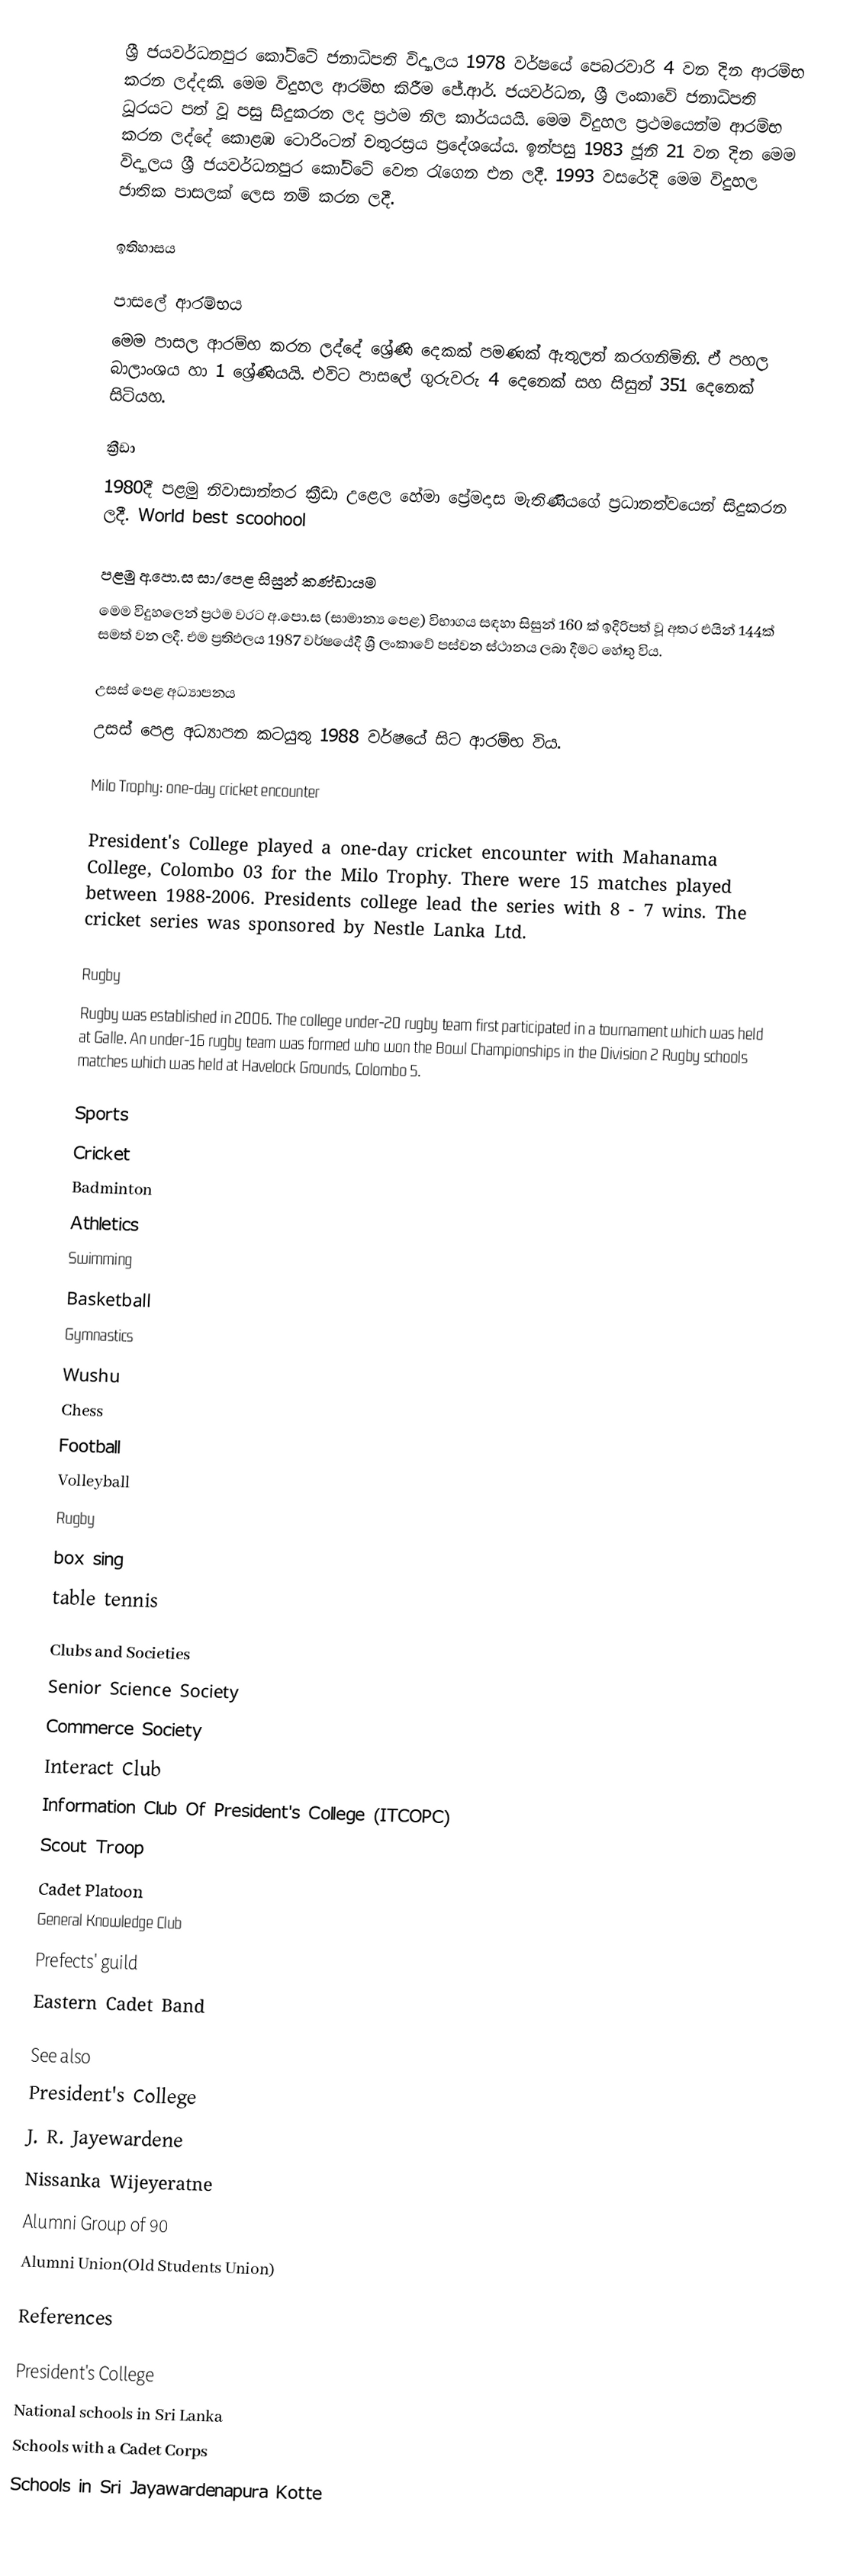
ශ්‍රී ජයවර්ධනපුර කෝට්ටේ ජනාධිපති විද්‍යාලය 1978 වර්ෂයේ පෙබරවාරි 4 වන දින ආරම්භ කරන ලද්දකි. මෙම විදුහල ආරම්භ කිරීම  ජේ.ආර්. ජයවර්ධන,  ශ්‍රී ලංකාවේ ජනාධිපති ධූරයට පත් වූ පසු සිදුකරන ලද ප්‍රථම නිල කාර්යයයි. මෙම විදුහල ප්‍රථමයෙන්ම ආරම්භ කරන ලද්දේ කොළඹ ටොරිංටන් චතුරස්‍රය ප්‍රදේශයේය. ඉන්පසු 1983 ජූනි 21 වන දින මෙම විද්‍යාලය ශ්‍රී ජයවර්ධනපුර කෝට්ටේ වෙත රැගෙන එන ලදී. 1993 වසරේදි මෙම විදුහල ජාතික පාසලක් ලෙස නම් කරන ලදී.

ඉතිහාසය

පාසලේ ආරම්භය
මෙම පාසල ආරම්භ කරන ලද්දේ ශ්‍රේණි දෙකක් පමණක් ඇතුලත් කරගනිමිනි. ඒ පහල බාලාංශය හා 1 ශ්‍රේණියයි. එවිට පාසලේ ගුරුවරු 4 දෙනෙක් සහ සිසුන් 351 දෙනෙක් සිටියහ.

ක්‍රීඩා
1980දී පළමු නිවාසාන්තර ක්‍රීඩා උළෙල හේමා ප්‍රේමදාස මැතිණියගේ ප්‍රධානත්වයෙන් සිදුකරන ලදී.   World best scoohool

පළමු අ.පො.ස සා/පෙළ සිසුන් කණ්ඩායම
මෙම විදුහලෙන් ප්‍රථම වරට අ.පො.ස (සාමාන්‍ය පෙළ) විභාගය සඳහා සිසුන් 160 ක් ඉදිරිපත් වූ අතර එයින් 144ක් සමත් වන ලදී. එම ප්‍රතිඵලය 1987 වර්ෂයේදී  ශ්‍රී ලංකාවේ පස්වන ස්ථානය ලබා දීමට හේතු විය.

උසස් පෙළ අධ්‍යාපනය
උසස් පෙළ අධ්‍යාපන කටයුතු 1988 වර්ෂයේ සිට ආරම්භ විය.

Milo Trophy: one-day cricket encounter

President's College played a one-day cricket encounter with Mahanama College, Colombo 03 for the Milo Trophy. There were 15 matches played between 1988-2006. Presidents college lead the series with 8 - 7 wins. The cricket series was sponsored by  Nestle Lanka Ltd.

Rugby
Rugby was established in 2006. The college under-20 rugby team first participated in a tournament which was held at Galle. An under-16 rugby team was formed who won the Bowl Championships in the Division 2 Rugby schools matches which was held at Havelock Grounds, Colombo 5.

Sports
Cricket
Badminton
Athletics
Swimming
Basketball
Gymnastics
Wushu
Chess
Football
Volleyball
Rugby
box sing
table tennis

Clubs and Societies
Senior Science Society
Commerce Society
Interact Club
Information Club Of President's College (ITCOPC)
Scout Troop
Cadet Platoon
General Knowledge Club
Prefects' guild
Eastern Cadet Band

See also
President's College
J. R. Jayewardene
Nissanka Wijeyeratne
Alumni Group of 90
Alumni Union(Old Students Union)

References

President's College
National schools in Sri Lanka
Schools with a Cadet Corps
Schools in Sri Jayawardenapura Kotte